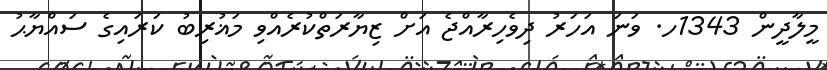
މީލާދީން 1343ހ. ވަނަ އަހަރު ދިވެހިރާއްޖެ އަށް ޒިޔާރަތްކުރެއްވި މަޣުރިބު ކަރައިގެ ސައްޔާޙު